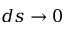
d s \to 0